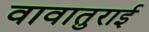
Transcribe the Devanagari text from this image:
वावातुराई